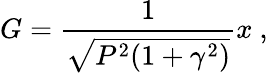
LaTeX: G=\frac{1}{\sqrt{P^{2}(1+\gamma^{2})}}x\ ,